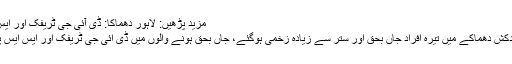
مزید پڑھیں: لاہور دھماکا: ڈی آئی جی ٹریفک اور ایس ایس پی سمیت 13 شہید، 70 زخمی
یاد رہے کہ گذشتہ روز لاہور میں خودکش دھماکے میں تیرہ افراد جاں بحق اور ستر سے زیادہ زخمی ہوگئے، جاں بحق ہونے والوں میں ڈی آئی جی ٹریفک اور ایس ایس پی آپریشن سمیت چار اہلکار شامل ہیں۔